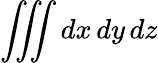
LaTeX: \iiint dx\, dy\, dz